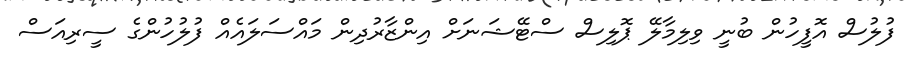
ފުލުސް އޮފީހުން ބުނީ ވިލިމާލޭ ޕޮލިސް ސްޓޭޝަނަށް އިންޒާރުދިން މައްސަލައެއް ފުލުހުންގެ ސީރިއަސް